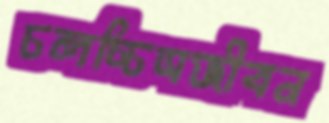
চলচ্চিত্রজীবন